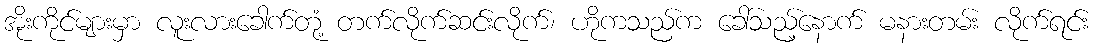
အိုးကိုင်များမှာ လူးလားခေါက်တုံ့ တက်လိုက်ဆင်းလိုက်၊ ဟိုကသည်က ခေါ်သည့်နောက် မနားတမ်း လိုက်ရင်း